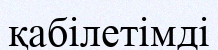
қабілетімді